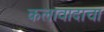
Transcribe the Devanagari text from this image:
कलावादाचा